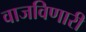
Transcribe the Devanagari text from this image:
वाजविणारी